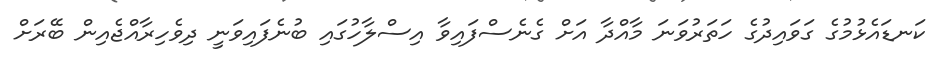
ކަނޑައެޅުމުގެ ގަވައިދުގެ ހަތަރުވަނަ މާއްދާ އަށް ގެނެސްފައިވާ އިސްލާހުގައި ބުނެފައިވަނީ ދިވެހިރާއްޖެއިން ބޭރަށް